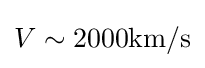
V\sim \mathrm {2000km/s}